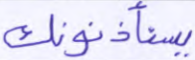
يستأذنونك